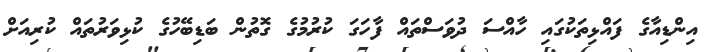
އިންޑިއާގެ ފައްޅިތަކުގައި ހާއްސަ ދުވަސްތައް ފާހަގަ ކުރުމުގެ ގޮތުން ބަޑިބޭހުގެ ކުޅިވަރުތައް ކުރިއަށް